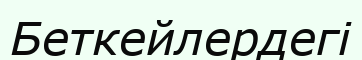
Беткейлердегі